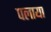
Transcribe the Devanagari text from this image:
पलाया